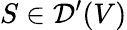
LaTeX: S\in{\mathcal{D}}^{\prime}(V)